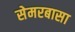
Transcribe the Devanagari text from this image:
सेमरबासा